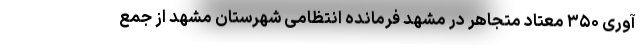
آوری ۳۵۰ معتاد متجاهر در مشهد فرمانده انتظامی شهرستان مشهد از جمع